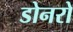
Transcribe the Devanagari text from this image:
डोनरो